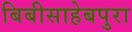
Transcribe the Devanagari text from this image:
बिबीसाहेबपुरा